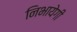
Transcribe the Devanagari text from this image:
निभायेगी